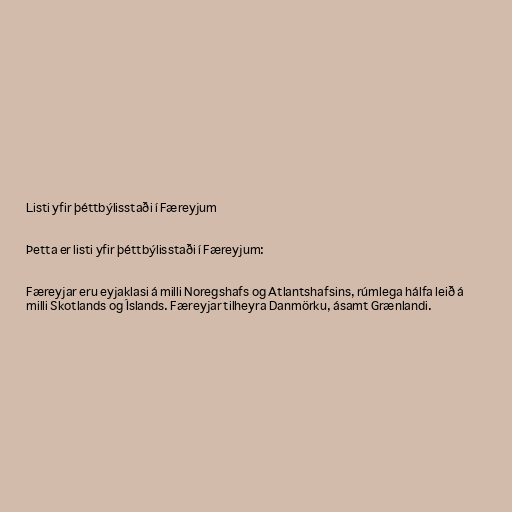
Listi yfir þéttbýlisstaði í Færeyjum

Þetta er listi yfir þéttbýlisstaði í Færeyjum:

Færeyjar eru eyjaklasi á milli Noregshafs og Atlantshafsins, rúmlega hálfa leið á
milli Skotlands og Íslands. Færeyjar tilheyra Danmörku, ásamt Grænlandi.